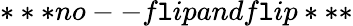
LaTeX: ***no--f\mathtt{l}ipandf\mathtt{l}ip***